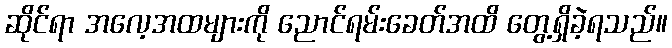
ဆိုင်ရာ အလေ့အထများကို ညောင်ရမ်းခေတ်အထိ တွေ့ရှိခဲ့ရသည်။